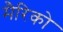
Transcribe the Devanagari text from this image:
मैरिको